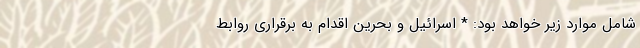
شامل موارد زیر خواهد بود: * اسرائیل و بحرین اقدام به برقراری روابط